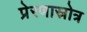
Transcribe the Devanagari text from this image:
प्रेरणास्रोत्र